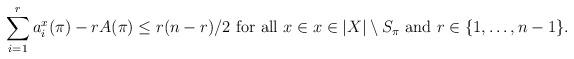
LaTeX: \begin{align*} \sum\limits_{i=1}^r a_i^x(\pi )-rA(\pi )\le r(n-r)/2 \mbox{ for all } x\in x\in |X|\setminus S_\pi \mbox{ and } r\in \{ 1,\ldots , n-1\}.\end{align*}